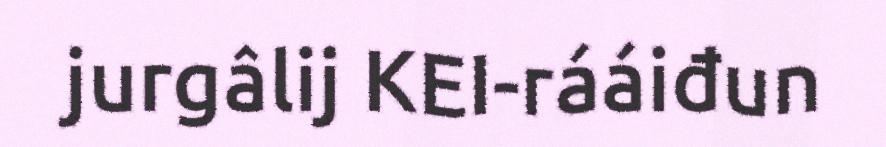
jurgâlij KEI-rááiđun